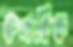
কলবিঙ্ক